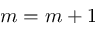
m = m + 1